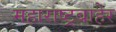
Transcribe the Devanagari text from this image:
महाराष्ट्रबाहेर